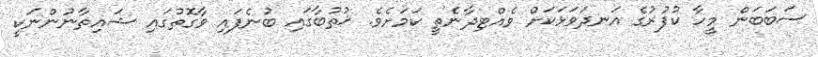
ސަބަބަން މީހާ ކުފުރުގެ އަނދަވަޅަކަށް ވެއްޓިދާނެތީ ކަމަށެވެ. ޚުތުބާގައި ބުނެފައި ވާގޮތުގައި ޝައިތާނުންނަކީ